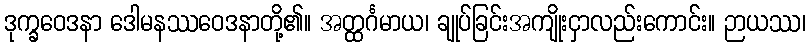
ဒုက္ခဝေဒနာ ဒေါမနဿဝေဒနာတို့၏။ အတ္ထင်္ဂမာယ၊ ချုပ်ခြင်းအကျိုးငှာလည်းကောင်း။ ဉာယဿ၊